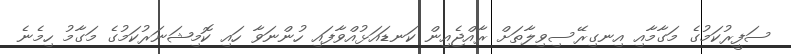
ސަފީރުކަމުގެ މަގާމާއި އިނގިރޭސިވިލާތަށް ރާއްޖެއިން ކަނޑައަޅުއްވާފައި ހުންނަވާ ހައި ކޮމިޝަނަރުކަމުގެ މަގާމު ހިމެނެ